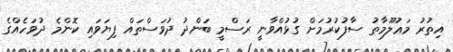
އިތުރު މަޢުލޫމާތު ސާފުކުރުމަށް ގުޅުއްވާނީ ރަސްމީ ބަންދު ދުވަސްތައް ފިޔަވައި ކޮންމެ ދުވަހެއްގެ